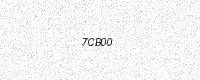
Text: 7CB00